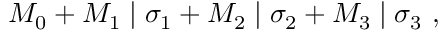
M _ { 0 } + M _ { 1 } \mid \sigma _ { 1 } + M _ { 2 } \mid \sigma _ { 2 } + M _ { 3 } \mid \sigma _ { 3 } ~ ,